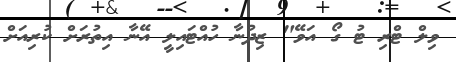
ވިލް ޓްރި ޓު ގޯ އަވޭ" ޒިދުނާ ހުއްޓައިލީ އޭނާ އިތުރަށް ކުރިއަށް